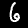
Digit: 6